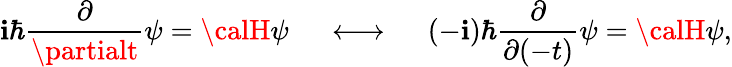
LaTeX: \mathbf{i}\hbar\frac{{\partial}}{{\partialt}}\psi={\calH}\psi\ \ \ \ \ \longleftrightarrow\ \ \ \ \ (-\mathbf{i})\hbar\frac{{\partial}}{{\partial(-t)}}\psi={\calH}\psi,